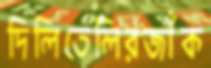
দিলিতেলিরজাঁক